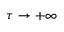
\tau \rightarrow + \infty